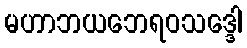
မဟာဘယဘေရဝသဒ္ဒေါ